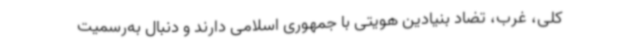
کلی، غرب، تضاد بنیادین هویتی با جمهوری اسلامی دارند و دنبال به‌رسمیت